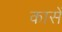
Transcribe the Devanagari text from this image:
कासें